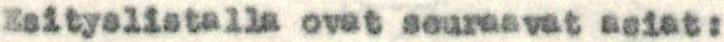
Esityslistalla ovat seuraavat asiat: